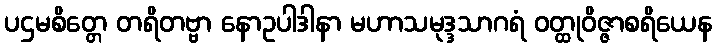
ပဌမစိတ္တေ တရိတဗ္ဗာ နောဥပါဒါနာ မဟာသမုဒ္ဒသာဂရံ ဝတ္ထုဝိဇ္ဇာစရိယေန